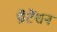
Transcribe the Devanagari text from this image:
प्रीटेंशन